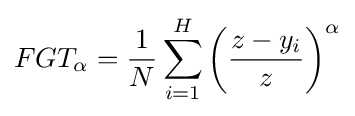
FGT_{\alpha }={\frac {1}{N}}\sum _{i=1}^{H}\left({\frac {z-y_{i}}{z}}\right)^{\alpha }